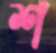
শ